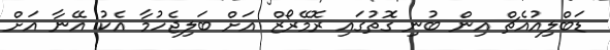
ޑަބްލިއުއެޗް އިން ބުނި ގޮތުގައި ރޮމޭރޯޒް އަށް ބަލިޖެހުމާ އެކު އޭނާ އަށް